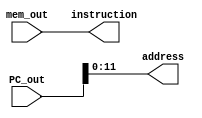
`timescale 1ns / 1ps
//////////////////////////////////////////////////////////////////////////////////
// Company: 
// Engineer: 
// 
// Design Name: 
// Module Name: fetch_unit
// Project Name: 
// Target Devices: 
// Tool Versions: 
// Description: 
// 
// Dependencies: 
// 
// Revision:
// Revision 0.01 - File Created
// Additional Comments:
// 
//////////////////////////////////////////////////////////////////////////////////


module fetch_unit#(parameter DATA_SIZE = 16,
    parameter ADDRESS_LENGTH = 12
    )(
    input [DATA_SIZE-1:0] PC_out ,
    input [DATA_SIZE-1:0] mem_out,
    output [ADDRESS_LENGTH-1:0] address,
    output [DATA_SIZE-1:0] instruction
    );
    
    assign instruction = mem_out;
    assign address = PC_out[ADDRESS_LENGTH-1:0];
    
endmodule